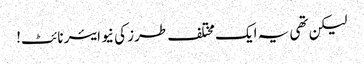
لیکن تھی یہ ایک مختلف طرز کی نیو ایئر نائٹ!